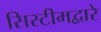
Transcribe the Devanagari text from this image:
सिस्टीमद्वारे